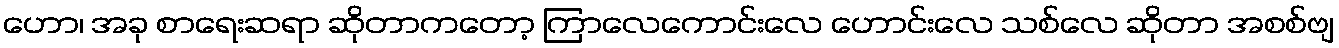
ဟော၊ အခု စာရေးဆရာ ဆိုတာကတော့ ကြာလေကောင်းလေ ဟောင်းလေ သစ်လေ ဆိုတာ အစစ်ဗျ